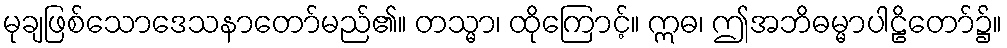
မုချဖြစ်သောဒေသနာတော်မည်၏။ တသ္မာ၊ ထိုကြောင့်။ ဣဓ၊ ဤအဘိဓမ္မာပါဠိတော်၌။